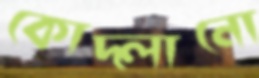
কোদ্‌লানো